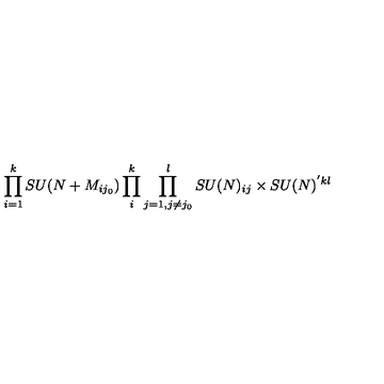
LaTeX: \prod _ { i = 1 } ^ { k } S U ( N + M _ { i j _ { 0 } } ) \prod _ { i } ^ { k } \prod _ { j = 1 , j \ne j _ { 0 } } ^ { l } S U ( N ) _ { i j } \times S U ( N ) ^ { ' k l }